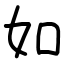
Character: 如